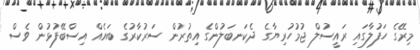
މިރޭގެ ހަފުލާގައި ރައީސުލް ޖުމުހުރިޔާގެ ދެކަނބަލުންގެ އިތުރުން ސަރުކާރުގެ ބައެއް އިސްބޭފުޅުން ވެސް